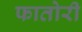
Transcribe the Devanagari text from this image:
फातोरी